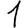
Digit: 1